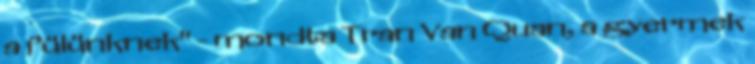
a fülünknek" - mondta Tran Van Quan, a gyermek